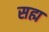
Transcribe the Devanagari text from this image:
सह्म